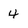
Character: 4